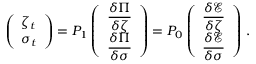
\left( \begin{array} { l } { \medskip \zeta _ { t } } \\ { \sigma _ { t } } \end{array} \right) = P _ { 1 } \left( \begin{array} { l } { \medskip \displaystyle \frac { \delta \Pi } { \delta \zeta } } \\ { \displaystyle \frac { \delta \Pi } { \delta \sigma } } \end{array} \right) = P _ { 0 } \left( \begin{array} { l } { \medskip \displaystyle \frac { \delta \mathcal E } { \delta \zeta } } \\ { \displaystyle \frac { \delta \mathcal E } { \delta \sigma } } \end{array} \right) \, .